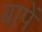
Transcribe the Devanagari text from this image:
बापें